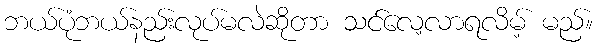
ဘယ်ပုံဘယ်နည်းလုပ်မလဲဆိုတာ သင်လေ့လာရလိမ့် မည်။